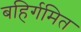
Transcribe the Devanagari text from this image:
बहिर्गमित